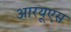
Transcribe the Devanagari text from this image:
आरयूएस